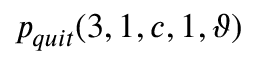
\displaystyle p _ { q u i t } ( 3 , 1 , c , 1 , \vartheta )